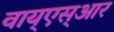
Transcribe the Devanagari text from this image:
वाय्‌एस्‌आर